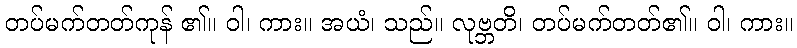
တပ်မက်တတ်ကုန် ၏။ ဝါ၊ ကား။ အယံ၊ သည်။ လုဗ္ဘတိ၊ တပ်မက်တတ်၏။ ဝါ၊ ကား။